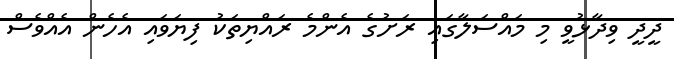
ދީދީ ވިދާޅުވީ މި މައްސަލާގައި ރަށުގެ އެންމެ ރައްޔިތަކު ފިޔަވައި އެހެން އެއްވެސް